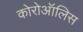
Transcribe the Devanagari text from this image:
कोरोऑलिस